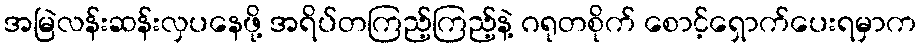
အမြဲလန်းဆန်းလှပနေဖို့ အရိပ်တကြည့်ကြည့်နဲ့ ဂရုတစိုက် စောင့်ရှောက်ပေးရမှာက